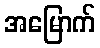
အမြောက်